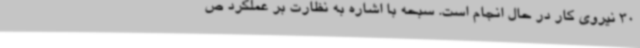
30 نیروی کار در حال انجام است. سبحه با اشاره به نظارت بر عملکرد ص